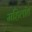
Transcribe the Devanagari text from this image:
महिलांत